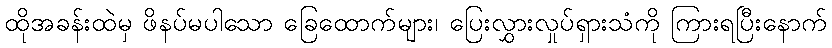
ထိုအခန်းထဲမှ ဖိနပ်မပါသော ခြေထောက်များ၊ ပြေးလွှားလှုပ်ရှားသံကို ကြားရပြီးနောက်